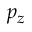
p _ { z }